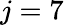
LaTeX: j=7